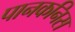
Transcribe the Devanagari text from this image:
पानकनिस